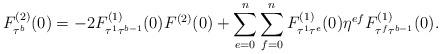
LaTeX: \begin{align*}F_{\tau^b}^{(2)}(0)=-2F_{\tau^1 \tau^{b-1}}^{(1)}(0)F^{(2)}(0)+\sum_{e=0}^n \sum_{f=0}^n F_{\tau^1 \tau^e}^{(1)}(0)\eta^{ef}F_{\tau^f \tau^{b-1}}^{(1)}(0).\end{align*}